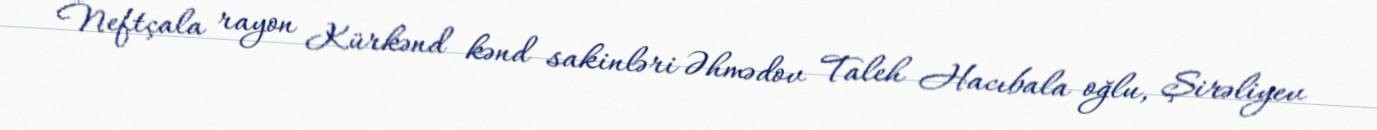
Neftçala rayon Kürkənd kənd sakinləri Əhmədov Taleh Hacıbala oğlu, Şirəliyev